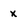
Character: x